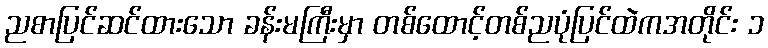
ညစာပြင်ဆင်ထားသော ခန်းမကြီးမှာ တစ်ထောင့်တစ်ညပုံပြင်ထဲကအတိုင်း ၁